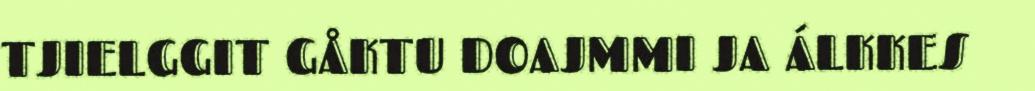
TJIELGGIT GÅKTU DOAJMMI JA ÁLKKES